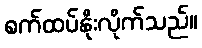
စက်ထပ်နိုးလိုက်သည်။